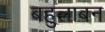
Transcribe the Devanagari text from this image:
बहुलाबन